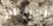
الأركان